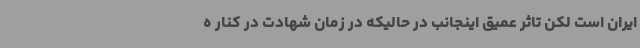
ایران است لکن تاثر عمیق اینجانب در حالیکه در زمان شهادت در کنار ه